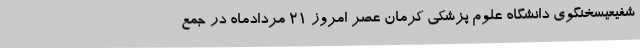
شفیعیسخنگوی دانشگاه علوم پزشکی کرمان عصر امروز 21 مردادماه در جمع